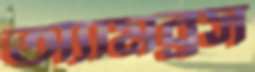
অ্যামব্রস